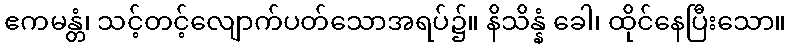
ဧကမန္တံ၊ သင့်တင့်လျောက်ပတ်သောအရပ်၌။ နိသိန္နံ ခေါ၊ ထိုင်နေပြီးသော။